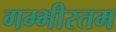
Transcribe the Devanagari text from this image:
गम्भीरतम